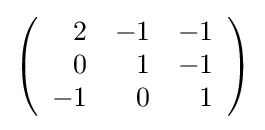
{\textstyle \left({\begin{array}{rrr}2&-1&-1\\0&1&-1\\-1&0&1\\\end{array}}\right)}